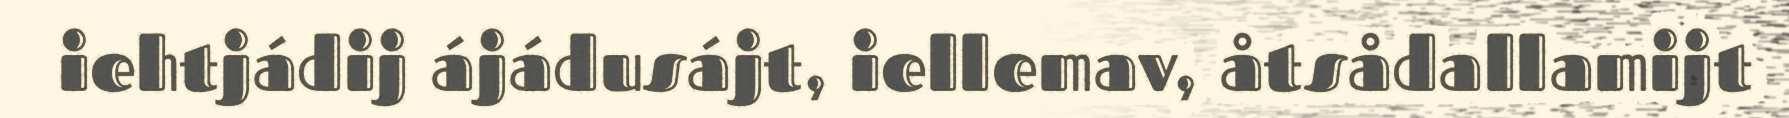
iehtjádij ájádusájt, iellemav, åtsådallamijt